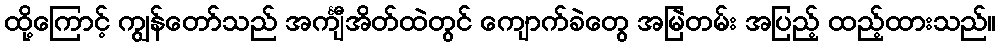
ထို့ကြောင့် ကျွန်တော်သည် အင်္ကျီအိတ်ထဲတွင် ကျောက်ခဲတွေ အမြဲတမ်း အပြည့် ထည့်ထားသည်။